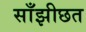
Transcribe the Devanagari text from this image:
साँझीछत